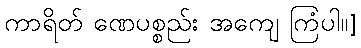
ကာရိတ် ဏေပစ္စည်း အကျေ ကြံပါ။]